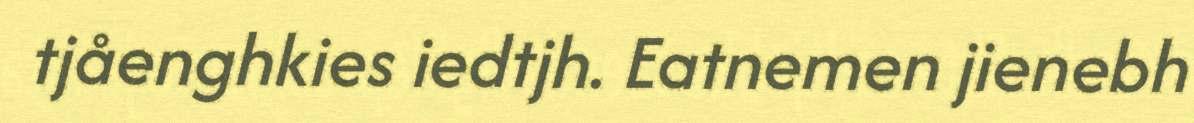
tjåenghkies iedtjh. Eatnemen jienebh